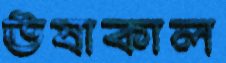
ঊষাকাল